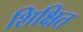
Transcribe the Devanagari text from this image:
शिक्षित